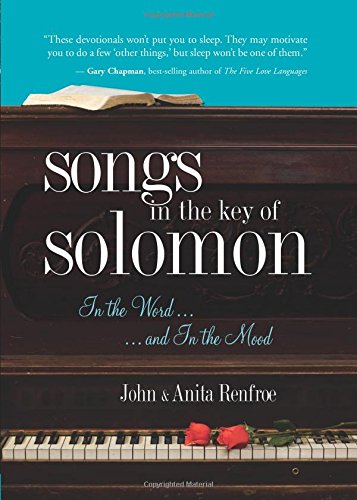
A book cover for Songs in the Key of Solomon: In the Word and In the Mood; Anita Renfroe; Christian Books & Bibles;